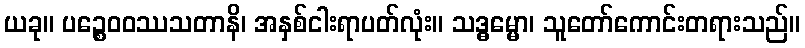
ယခု။ ပဉ္စေဝဝဿသတာနိ၊ အနှစ်ငါးရာပတ်လုံး။ သဒ္ဓမ္မော၊ သူတော်ကောင်းတရားသည်။